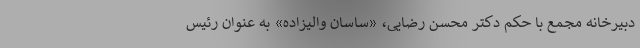
دبیرخانه مجمع با حکم دکتر محسن رضایی، «ساسان والیزاده» به عنوان رئیس